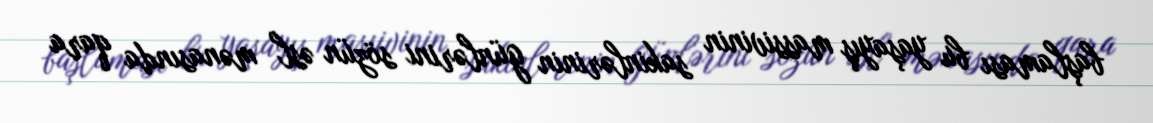
başlaması bu yaşayış massivinin sakinlərinin günlərini sözün əsl mənasında qara